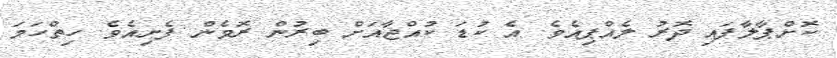
ކޮށްޕާލާފައި ދޮރު ލެއްޕިއެވެ. އެ ކުޑަ ކުއްޖާއަށް ބިރުން ރޮވެން ފެށިއެވެ. ހިތްހަމަ